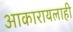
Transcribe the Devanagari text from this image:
आकारायलाही